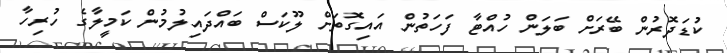
ކުޑަދޮރުން ބޭރަށް ބަލަން ހުއްޓާ ފަހަތުން އައިގޮތަށް ލޫކަސް ބައްދައިލުމުން ކަމީލާގެ ހުރިހާ